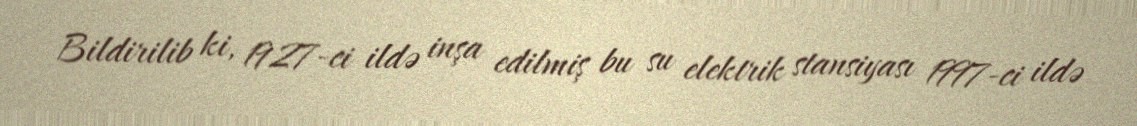
Bildirilib ki, 1927-ci ildə inşa edilmiş bu su elektrik stansiyası 1997-ci ildə